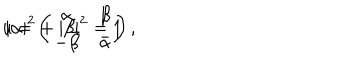
u = \left( \begin{array} { c c } { { \alpha } } & { { \beta } } \\ { { - \bar { \beta } } } & { { \bar { \alpha } } } \\ \end{array} \right) , \hspace { . 5 i n } | \alpha | ^ { 2 } + | \beta | ^ { 2 } = 1